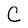
Character: C